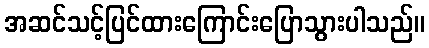
အဆင်သင့်ပြင်ထားကြောင်းပြောသွားပါသည်။